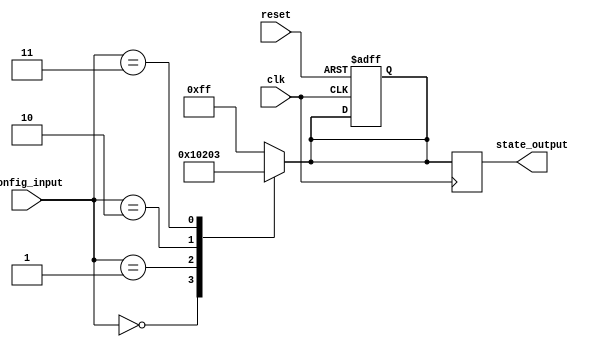
module ConfigurableInitialConditions #(
    parameter WIDTH = 8,          // Width of the internal state
    parameter CONFIG_WIDTH = 4    // Width of the configuration input
)(
    input wire [CONFIG_WIDTH-1:0] config_input, // Configuration inputs
    input wire clk,                             // Clock input
    input wire reset,                           // Reset input
    output reg [WIDTH-1:0] state_output        // State outputs
);

    // Internal state register
    reg [WIDTH-1:0] internal_state;

    // Initialization logic based on configuration input
    always @(*) begin
        case (config_input)
            4'b0000: internal_state = 8'b00000000; // Example condition 1
            4'b0001: internal_state = 8'b00000001; // Example condition 2
            4'b0010: internal_state = 8'b00000010; // Example condition 3
            4'b0011: internal_state = 8'b00000011; // Example condition 4
            // Add more conditions as needed
            default: internal_state = 8'b11111111; // Default condition
        endcase
    end

    // Edge detection and conditional initialization
    always @(posedge clk or posedge reset) begin
        if (reset) begin
            internal_state <= 8'b00000000; // Reset state
        end else begin
            // Load the internal state based on the configuration input
            internal_state <= internal_state;
        end
    end

    // Update the state output
    always @(posedge clk) begin
        state_output <= internal_state; // Reflect the internal state on output
    end

endmodule